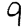
Digit: 9